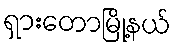
ရှားတောမြို့နယ်